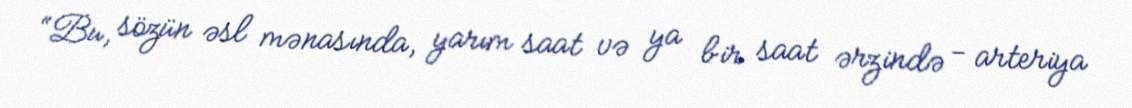
“Bu, sözün əsl mənasında, yarım saat və ya bir saat ərzində - arteriya